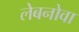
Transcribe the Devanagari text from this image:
लेबनोवा